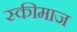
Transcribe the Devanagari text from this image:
स्कीमाज